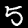
Digit: 5